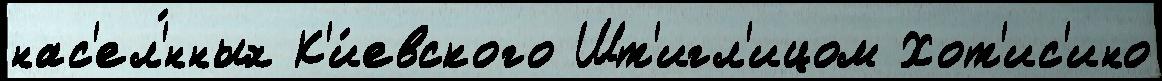
нас'ел'́нных К'и́евского Шт'игл'ицом Хот'ис'ино